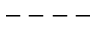
--- - { }